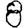
Digit: 8